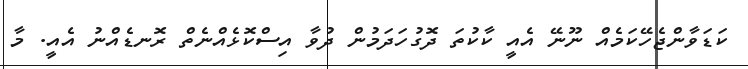
ކަޑަވާންޖެހޭކަމެއް ނޫނޭ އެއީ ކާކުތަ ދޮގުހަދަމުން ދުވާ އިސްކޮޅެއްނެތް ރޮނޑެއްނު އެއީ. މާ